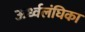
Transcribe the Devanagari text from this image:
ऊर्ध्वलंघिका